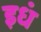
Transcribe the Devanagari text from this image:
इधं